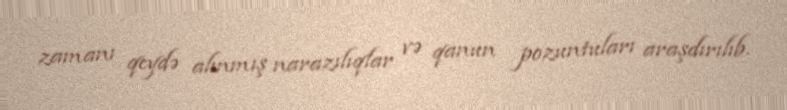
zamanı qeydə alınmış narazılıqlar və qanun pozuntuları araşdırılıb.